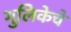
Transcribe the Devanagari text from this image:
गुलिकेचे